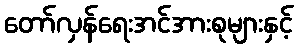
တော်လှန်ရေးအင်အားစုများနှင့်